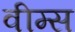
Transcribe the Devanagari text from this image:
वीम्स